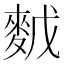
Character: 𪌙